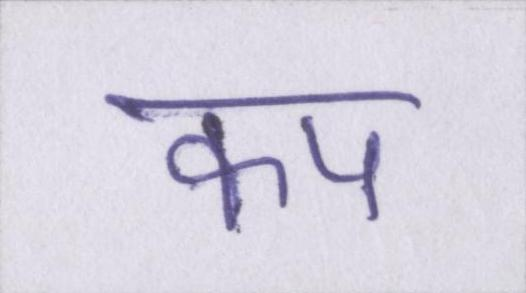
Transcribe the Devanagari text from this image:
कप